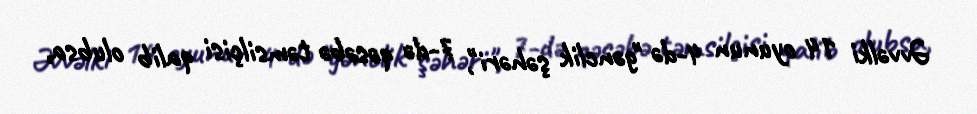
Əvvəlki 14 oyunun 4-də "gənclik şəhəri", 7-də qəsəbə təmsilçisi qalib olubsa,